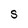
Character: S